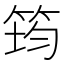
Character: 筠